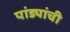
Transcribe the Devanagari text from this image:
पांड्यांची